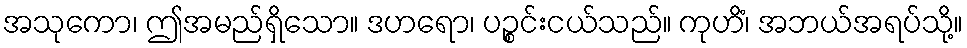
အသုကော၊ ဤအမည်ရှိသော။ ဒဟရော၊ ပဉ္စင်းငယ်သည်။ ကုဟိံ၊ အဘယ်အရပ်သို့။